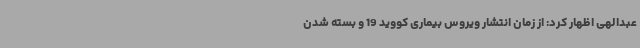
عبدالهی اظهار کرد: از زمان انتشار ویروس بیماری کووید 19 و بسته شدن